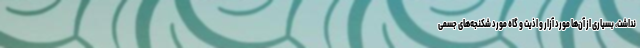
نداشت، بسیاری از آن‌ها مورد آزار و اذیت و گاه مورد شکنجه‌های جسمی